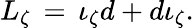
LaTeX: L_{\zeta}\, =\, \iota_{\zeta}d+{d\iota}_{\zeta}.